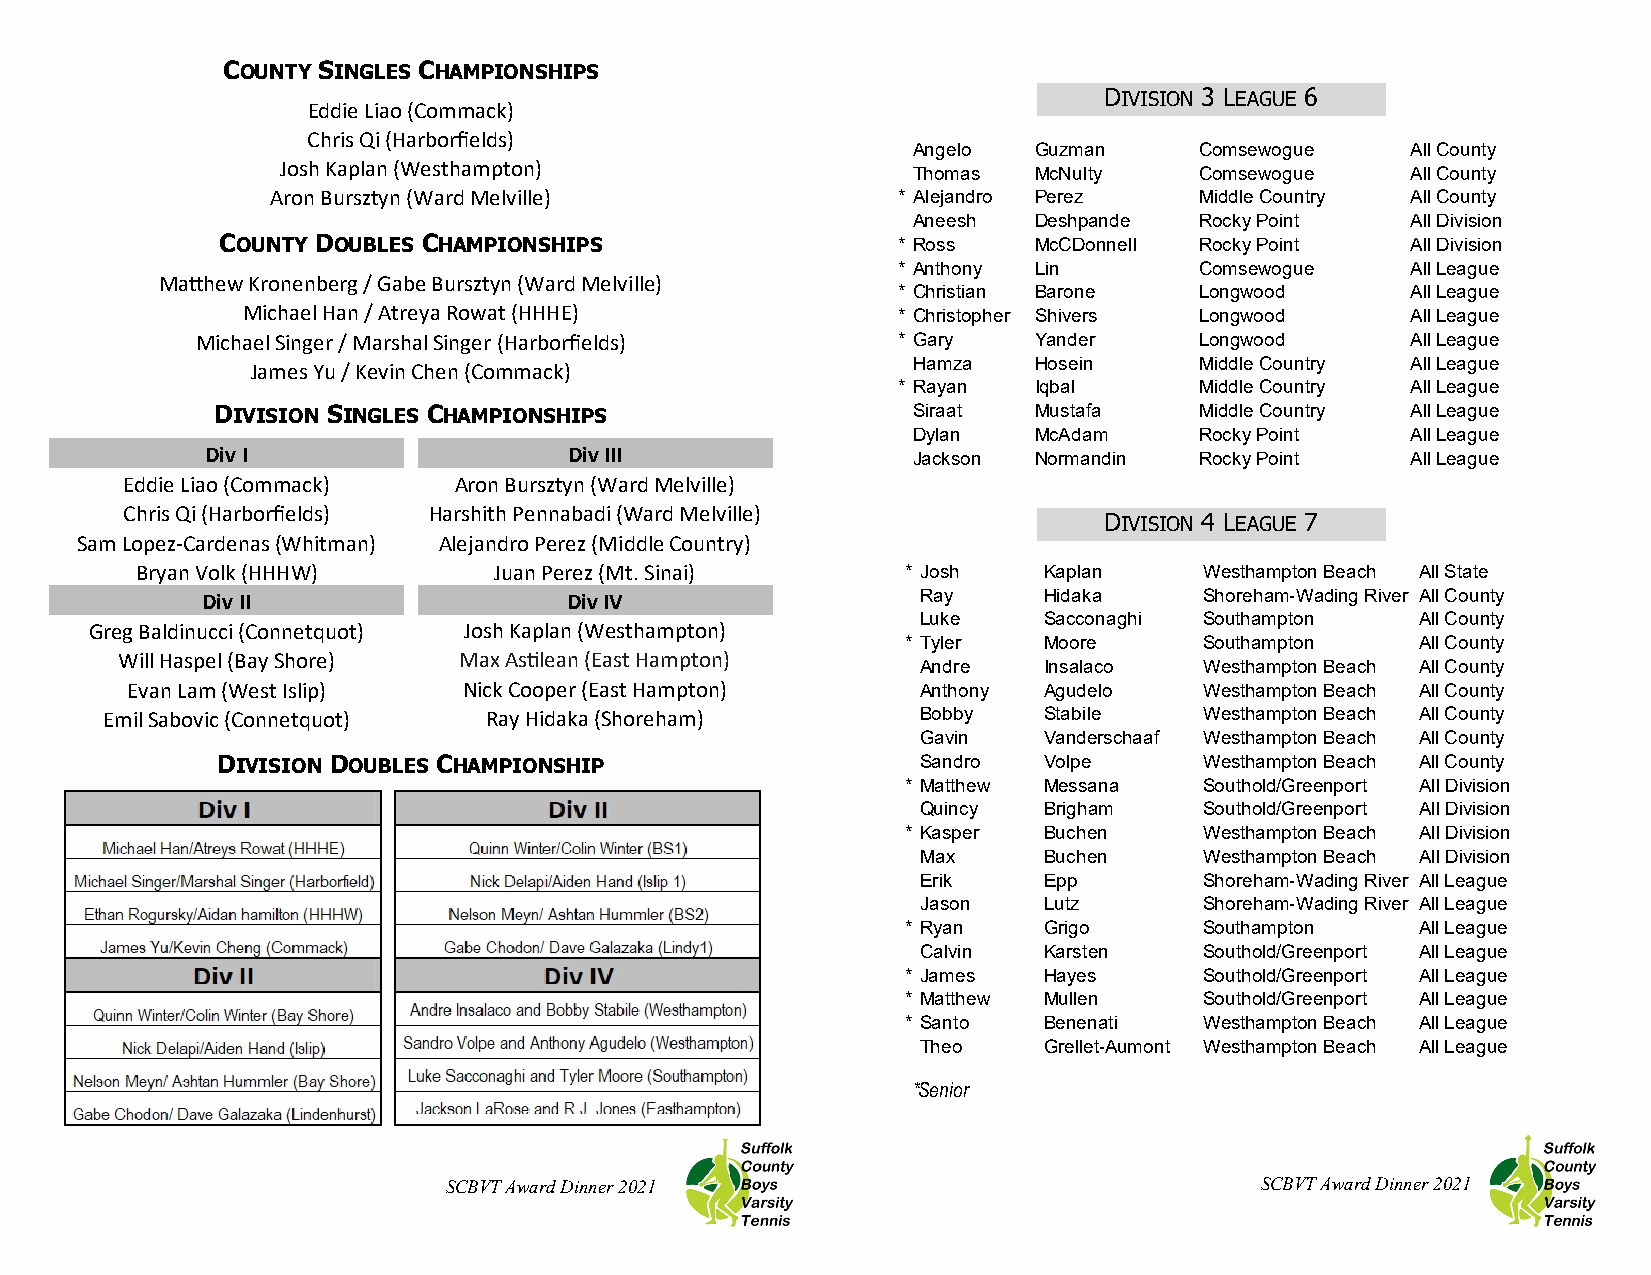
COUNTY SINGLES CHAMPIONSHIPS
 DIVISION 3 LEAGUE 6
 Eddie Liao (Commack)
 Chris Qi (Harborfields)
 Angelo  Guzman     Comsewogue    All County
 Josh Kaplan (Westhampton)
 Thomas  McNulty    Comsewogue    All County
 Aron Bursztyn (Ward Melville)            * Alejandro Perez   Middle Country All County
 Aneesh  Deshpande  Rocky Point   All Division
 COUNTY DOUBLES CHAMPIONSHIPS                * Ross   McCDonnell Rocky Point   All Division
 * Anthony Lin       Comsewogue    All League
 Ma2hew Kronenberg / Gabe Bursztyn (Ward Melville)
 * Christian Barone  Longwood      All League
 Michael Han / Atreya Rowat (HHHE)          * Christopher Shivers Longwood    All League
 Michael Singer / Marshal Singer (Harborfields) * Gary  Yander     Longwood      All League
 James Yu / Kevin Chen (Commack)            Hamza   Hosein     Middle Country All League
 * Rayan  Iqbal      Middle Country All League
 DIVISION SINGLES CHAMPIONSHIPS                Siraat  Mustafa    Middle Country All League
 Dylan   McAdam     Rocky Point   All League
 Div I                   Div III
 Jackson Normandin  Rocky Point   All League
 Eddie Liao (Commack)  Aron Bursztyn (Ward Melville)
 Chris Qi (Harborfields) Harshith Pennabadi (Ward Melville)
 DIVISION 4 LEAGUE 7
 Sam Lopez-Cardenas (Whitman) Alejandro Perez (Middle Country)
 Bryan Volk (HHHW)       Juan Perez (Mt. Sinai)     * Josh   Kaplan     Westhampton Beach All State
 Div II                   Div IV                 Ray     Hidaka     Shoreham-Wading River All County
 Luke    Sacconaghi Southampton   All County
 Greg Baldinucci (Connetquot) Josh Kaplan (Westhampton)
 * Tyler  Moore      Southampton   All County
 Will Haspel (Bay Shore) Max As/lean (East Hampton)
 Andre   Insalaco   Westhampton Beach All County
 Evan Lam (West Islip)  Nick Cooper (East Hampton)    Anthony Agudelo    Westhampton Beach All County
 Emil Sabovic (Connetquot) Ray Hidaka (Shoreham)       Bobby   Stabile    Westhampton Beach All County
 Gavin   Vanderschaaf Westhampton Beach All County
 DIVISION DOUBLES CHAMPIONSHIP                  Sandro  Volpe      Westhampton Beach All County
 * Matthew Messana   Southold/Greenport All Division
 Quincy  Brigham    Southold/Greenport All Division
 * Kasper Buchen     Westhampton Beach All Division
 Max     Buchen     Westhampton Beach All Division
 Erik    Epp        Shoreham-Wading River All League
 Jason   Lutz       Shoreham-Wading River All League
 * Ryan   Grigo      Southampton   All League
 Calvin  Karsten    Southold/Greenport All League
 * James  Hayes      Southold/Greenport All League
 * Matthew Mullen    Southold/Greenport All League
 * Santo  Benenati   Westhampton Beach All League
 Theo    Grellet-Aumont Westhampton Beach All League
 *Senior
 SCBVT Award Dinner 2021                              SCBVT Award Dinner 2021